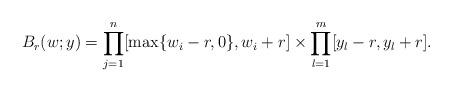
LaTeX: \begin{align*}B_r(w;y)=\prod_{j=1}^n[\max\{w_i-r,0\},w_i+r]\times \prod_{l=1}^m[y_l-r,y_l+r].\end{align*}